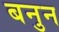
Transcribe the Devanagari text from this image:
बनुन